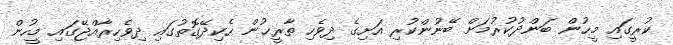
ކުރީގައި މީހުން ބަންދުކުރުމަށް ބޭނުންކުރި އަށިގެ ދިވެހި ތާރީޚުން ހެކިދޭގޮތުގައި ދިވެހިރާއްޖޭގައި މީހުން